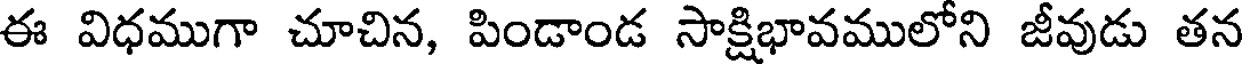
ఈ విధముగా చూచిన, పిండాండ సాక్షిభావములోని జీవుడు తన